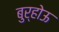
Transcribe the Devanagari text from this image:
बुर्होऊ